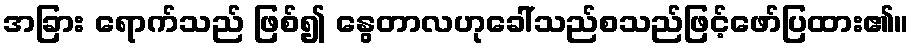
အခြား ရောက်သည် ဖြစ်၍ နွေတာလဟုခေါ်သည်စသည်ဖြင့်ဖော်ပြထား၏။